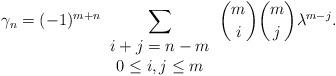
LaTeX: \begin{align*} \gamma_n=(-1)^{m+n}\sum_{\begin{array}{c}i+j=n-m\\ 0\leq i,j\leq m\\ \end{array}}{m\choose i}{m\choose j}\lambda^{m-j}. \end{align*}